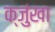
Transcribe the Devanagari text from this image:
क्जुंखा